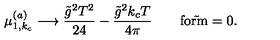
\mu _ { 1 , k _ { c } } ^ { ( a ) } \longrightarrow { \frac { \tilde { g } ^ { 2 } T ^ { 2 } } { 2 4 } } - { \frac { \tilde { g } ^ { 2 } k _ { c } T } { 4 \pi } } \qquad \mathrm { f o r \tilde { } m = 0 } .